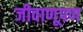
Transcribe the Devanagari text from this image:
जीवाणूपण